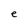
Character: e